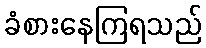
ခံစားနေကြရသည်